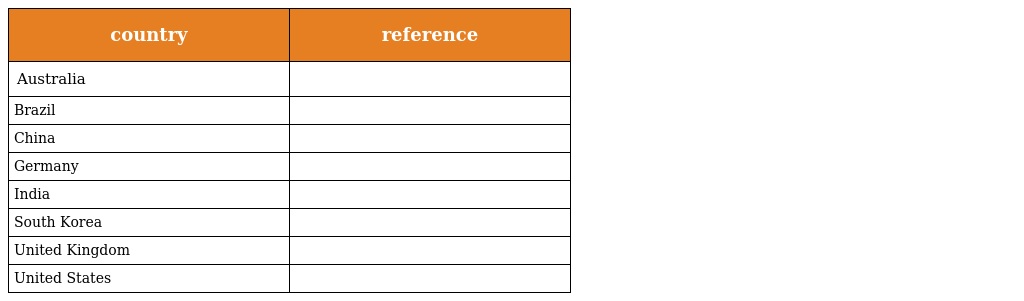
| country | reference |
 | --- | --- |
 | Australia |  |
 | Brazil |  |
 | China |  |
 | Germany |  |
 | India |  |
 | South Korea |  |
 | United Kingdom |  |
 | United States |  |